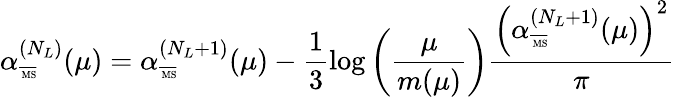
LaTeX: \alpha_{\overline{{{\mathrm{\tiny~MS}}}}}^{(N_{L})}(\mu)=\alpha_{\overline{{{\mathrm{\tiny~MS}}}}}^{(N_{L}+1)}(\mu)-\frac{1}{3}\log\left(\frac{\mu}{m(\mu)}\right)\frac{\left(\alpha_{\overline{{{\mathrm{\tiny~MS}}}}}^{(N_{L}+1)}(\mu)\right)^{2}}{\pi}